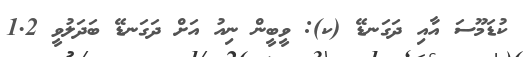
ކުޑަމޫސަ އާއި ދަގަނޑޭ (ކ): ވީބީން ނިއު އަށް ދަގަނޑޭ ބަދަލުވީ 1.2